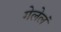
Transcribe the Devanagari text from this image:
गेलेलं